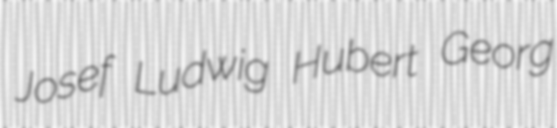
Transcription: Josef Ludwig Hubert Georg